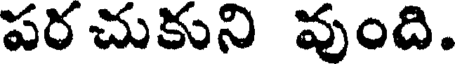
పర చుకుని వుంది.